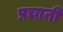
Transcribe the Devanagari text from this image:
प्रचानी